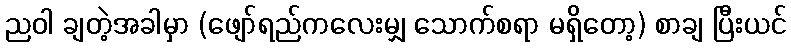
ညဝါ ချတဲ့အခါမှာ (ဖျော်ရည်ကလေးမျှ သောက်စရာ မရှိတော့) စာချ ပြီးယင်